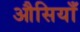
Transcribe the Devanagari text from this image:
औसियाँ